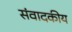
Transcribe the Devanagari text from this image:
संवादकीय